Report of the Municipal Commissioner on the plague in Bombay for the year ending 31st May... - Volume 1
Disease focus: Plague
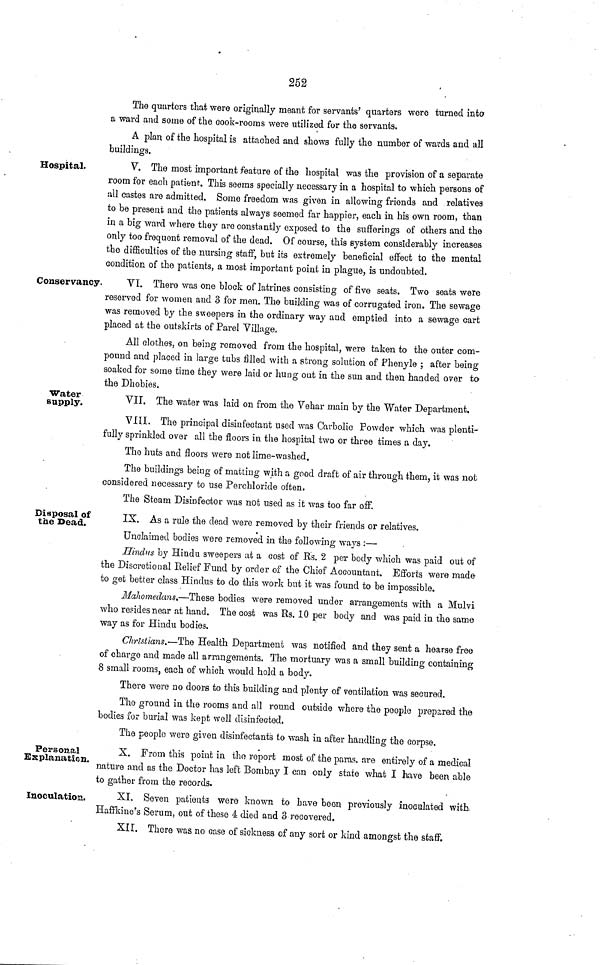
252
The quarters that were originally meant for servants' quarters were turned into
a ward and some of the cook-rooms were utilized for the servants.
A plan of the hospital is attached and shows fully the number of wards and all
buildings.
Hospital.
V. The most important feature of the hospital was the provision of a separate
room for each patient. This seems specially necessary in a hospital to which persons of
all castes are admitted. Some freedom was given in allowing friends and relatives
to be present and the patients always seemed far happier, each in his own room, than
in a big ward where they are constantly exposed to the sufferings of others and the
only too frequent removal of the dead. Of course, this system considerably increases
the difficulties of the nursing staff, but its extremely beneficial effect to the mental
condition of the patients, a most important point in plague, is undoubted.
Conservancy.
VI. There was one block of latrines consisting of five seats. Two seats were
reserved for women and 3 for men. The building was of corrugated iron. The sewage
was removed by the sweepers in the ordinary way and emptied into a sewage cart
placed at the outskirts of Parel Village.
All clothes, on being removed from the hospital, were taken to the outer com-
pound and placed in large tubs filled with a strong solution of Phenyle ; after being
soaked for some time they were laid or hung out in the sun and then handed over to
the Dhobies.
Water
supply.
YII. The water was laid on from the Vehar main by the Water Department.
VIII. The principal disinfectant used was Carbolic Powder which was plenti-
fully sprinkled over all the floors in the hospital two or three times a day.
The huts and floors were not lime-washed.
The buildings being of matting with a good draft of air through them, it was not
considered necessary to use Perchloride often.
The Steam Disinfector was not used as it was too far off.
Disposal of
the Dead.
IX. As a rule the dead were removed by their friends or relatives.
Unclaimed bodies were removed in the following ways :—
Hindus by Hindu sweepers at a cost of Rs. 2 per body which was paid out of
the Discretional Relief Fund by order of the Chief Accountant. Efforts were made
to get better class Hindus to do this work but it was found to be impossible.
Mahomedans.—These bodies were removed under arrangements with a Mulvi
who resides near at hand. The cost was Rs. 10 per body and was paid in the same
way as for Hindu bodies.
Christians.— The Health Department was notified and they sent a hearse free
of charge and made all arrangements. The mortuary was a small building containing
8 small rooms, each of which would hold a body.
There were no doors to this building and plenty of ventilation was secured.
The ground in the rooms and all round outside where the people prepared the
bodies for burial was kept well disinfected.
The people were given disinfectants to wash in after handling the corpse.
Personal
Explanation.
X. From this point in the report most of the paras, are entirely of a medical
nature and as the Doctor has left Bombay I can only state what I have been able
to gather from the records.
Inoculation.
XI, Seven patients were known to have been previously inoculated with
Haffkino's Serum, out of these 4 died and 3 recovered.
XII. There was no case of sickness of any sort or kind amongst the staff.